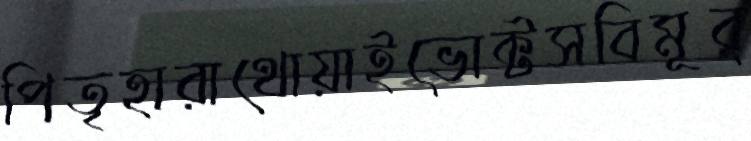
পিতৃহারাথোয়াইভোক্টসবিমূর্